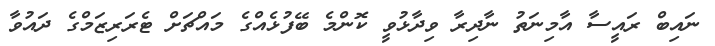
ނައިބް ރައީސާ އާމިނަތު ނާދިރާ ވިދާޅުވީ ކޮންމެ ބޭފުޅެއްގެ މައްޗަށް ޓެރަރިޒަމްގެ ދައުވާ